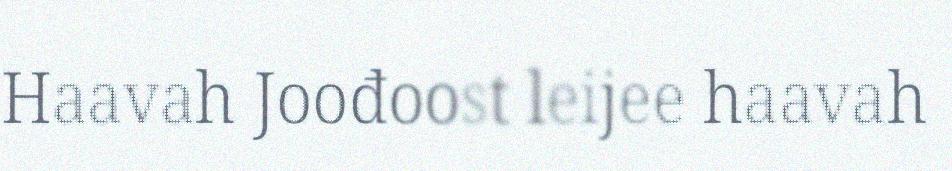
Haavah Joođoost leijee haavah